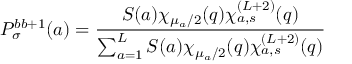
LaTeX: P _ { \sigma } ^ { b b + 1 } ( a ) = \frac { S ( a ) \chi _ { \mu _ { a } / 2 } ( q ) \chi _ { a , s } ^ { ( L + 2 ) } ( q ) } { \sum _ { a = 1 } ^ { L } S ( a ) \chi _ { \mu _ { a } / 2 } ( q ) \chi _ { a , s } ^ { ( L + 2 ) } ( q ) }